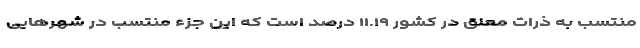
منتسب به ذرات معلق در کشور ۱۱.۱۹ درصد است که این جزء منتسب در شهرهایی